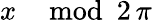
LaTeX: x\mod 2\, \pi